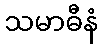
သမာဓီနံ